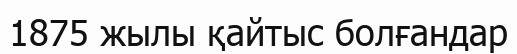
1875 жылы қайтыс болғандар